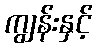
ကျွန်းနှင့်